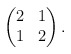
\begin{align*}\begin{pmatrix}2 & 1 \\1 & 2\end{pmatrix}.\end{align*}